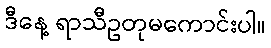
ဒီနေ့ ရာသီဥတုမကောင်းပါ။